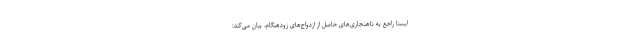
ایسنا راجع به ناهنجاری‌های حاصل از ازدواج‌های زودهنگام، بیان می‌کند: